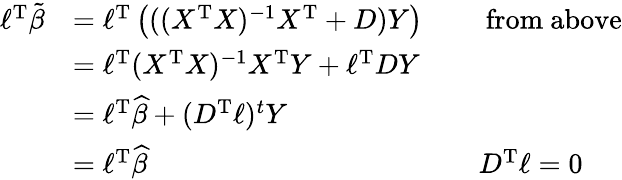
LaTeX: {\begin{array}{rlrl}{\ell^{\operatorname{T}}{\tilde{\beta}}}&{=\ell^{\operatorname{T}}\left(((X^{\operatorname{T}}X)^{-1}X^{\operatorname{T}}+D)Y\right)}&&{{\mathrm{~from~above}}}\\ &{=\ell^{\operatorname{T}}(X^{\operatorname{T}}X)^{-1}X^{\operatorname{T}}Y+\ell^{\operatorname{T}}DY}\\ &{=\ell^{\operatorname{T}}{\widehat{\beta}}+(D^{\operatorname{T}}\ell)^{t}Y}\\ &{=\ell^{\operatorname{T}}{\widehat{\beta}}}&&{D^{\operatorname{T}}\ell=0}\end{array}}